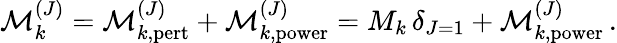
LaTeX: {\cal M}_{k}^{(J)}={\cal M}_{k,\mathrm{pert}}^{(J)}+{\cal M}_{k,\mathrm{power}}^{(J)}=M_{k}\, \delta_{J=1}+{\cal M}_{k,\mathrm{power}}^{(J)}\, .